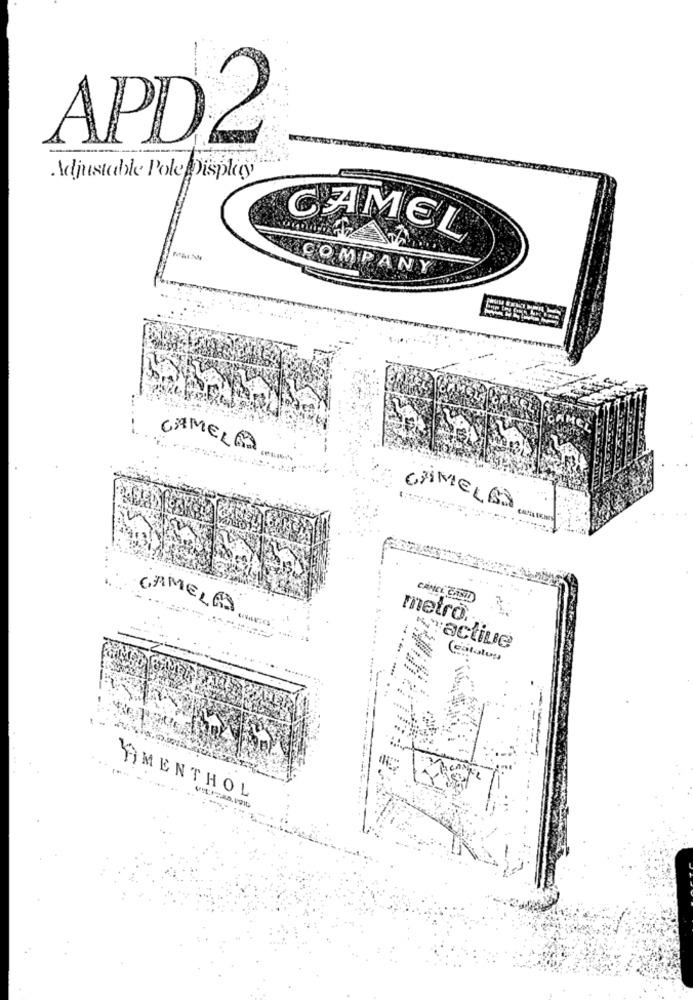
APD2
Adjustable Pole Display
CAMEL
COMPANY
CAMELO
-
CHIMIELES
CAMEL CASOD
CAMELAS
metro.
--
WYactive
(catalog)
AMENTHOL